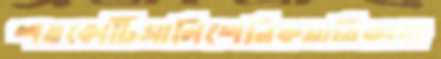
শতকোটিসালিশেনিকমাতিকাবা